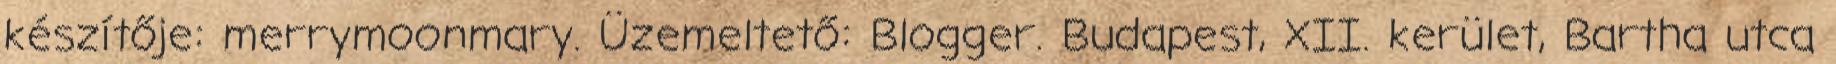
készítője: merrymoonmary. Üzemeltető: Blogger. Budapest, XII. kerület, Bartha utca